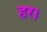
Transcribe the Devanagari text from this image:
हर।